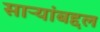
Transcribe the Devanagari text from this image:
साऱ्यांबद्दल